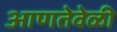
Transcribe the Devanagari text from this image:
आणतेवेळी